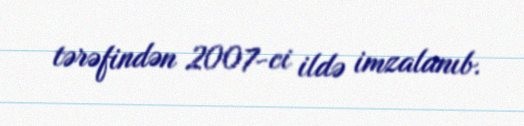
tərəfindən 2007-ci ildə imzalanıb.